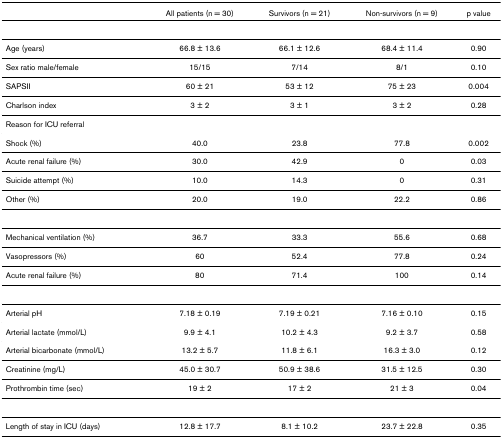
<table><thead><tr><td></td><td><b>All patients (n = 30)</b></td><td><b>Survivors (n = 21)</b></td><td><b>Non-survivors (n = 9)</b></td><td><b>p value</b></td></tr></thead><tbody><tr><td>Age (years)</td><td>66.8 ± 13.6</td><td>66.1 ± 12.6</td><td>68.4 ± 11.4</td><td>0.90</td></tr><tr><td>Sex ratio male/female</td><td>15/15</td><td>7/14</td><td>8/1</td><td>0.10</td></tr><tr><td>SAPSII</td><td>60 ± 21</td><td>53 ± 12</td><td>75 ± 23</td><td>0.004</td></tr><tr><td>Charlson index</td><td>3 ± 2</td><td>3 ± 1</td><td>3 ± 2</td><td>0.28</td></tr><tr><td>Reason for ICU referral</td><td></td><td></td><td></td><td></td></tr><tr><td>Shock (%)</td><td>40.0</td><td>23.8</td><td>77.8</td><td>0.002</td></tr><tr><td>Acute renal failure (%)</td><td>30.0</td><td>42.9</td><td>0</td><td>0.03</td></tr><tr><td>Suicide attempt (%)</td><td>10.0</td><td>14.3</td><td>0</td><td>0.31</td></tr><tr><td>Other (%)</td><td>20.0</td><td>19.0</td><td>22.2</td><td>0.86</td></tr><tr><td>Mechanical ventilation (%)</td><td>36.7</td><td>33.3</td><td>55.6</td><td>0.68</td></tr><tr><td>Vasopressors (%)</td><td>60</td><td>52.4</td><td>77.8</td><td>0.24</td></tr><tr><td>Acute renal failure (%)</td><td>80</td><td>71.4</td><td>100</td><td>0.14</td></tr><tr><td>Arterial pH</td><td>7.18 ± 0.19</td><td>7.19 ± 0.21</td><td>7.16 ± 0.10</td><td>0.15</td></tr><tr><td>Arterial lactate (mmol/L)</td><td>9.9 ± 4.1</td><td>10.2 ± 4.3</td><td>9.2 ± 3.7</td><td>0.58</td></tr><tr><td>Arterial bicarbonate (mmol/L)</td><td>13.2 ± 5.7</td><td>11.8 ± 6.1</td><td>16.3 ± 3.0</td><td>0.12</td></tr><tr><td>Creatinine (mg/L)</td><td>45.0 ± 30.7</td><td>50.9 ± 38.6</td><td>31.5 ± 12.5</td><td>0.30</td></tr><tr><td>Prothrombin time (sec)</td><td>19 ± 2</td><td>17 ± 2</td><td>21 ± 3</td><td>0.04</td></tr><tr><td>Length of stay in ICU (days)</td><td>12.8 ± 17.7</td><td>8.1 ± 10.2</td><td>23.7 ± 22.8</td><td>0.35</td></tr></tbody></table>